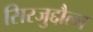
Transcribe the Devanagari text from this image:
सिरजुद्दौला